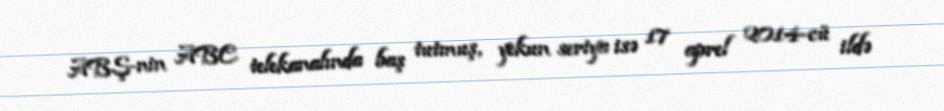
ABŞ-nin ABC telekanalında baş tutmuş, yekun seriya isə 17 aprel 2014-cü ildə